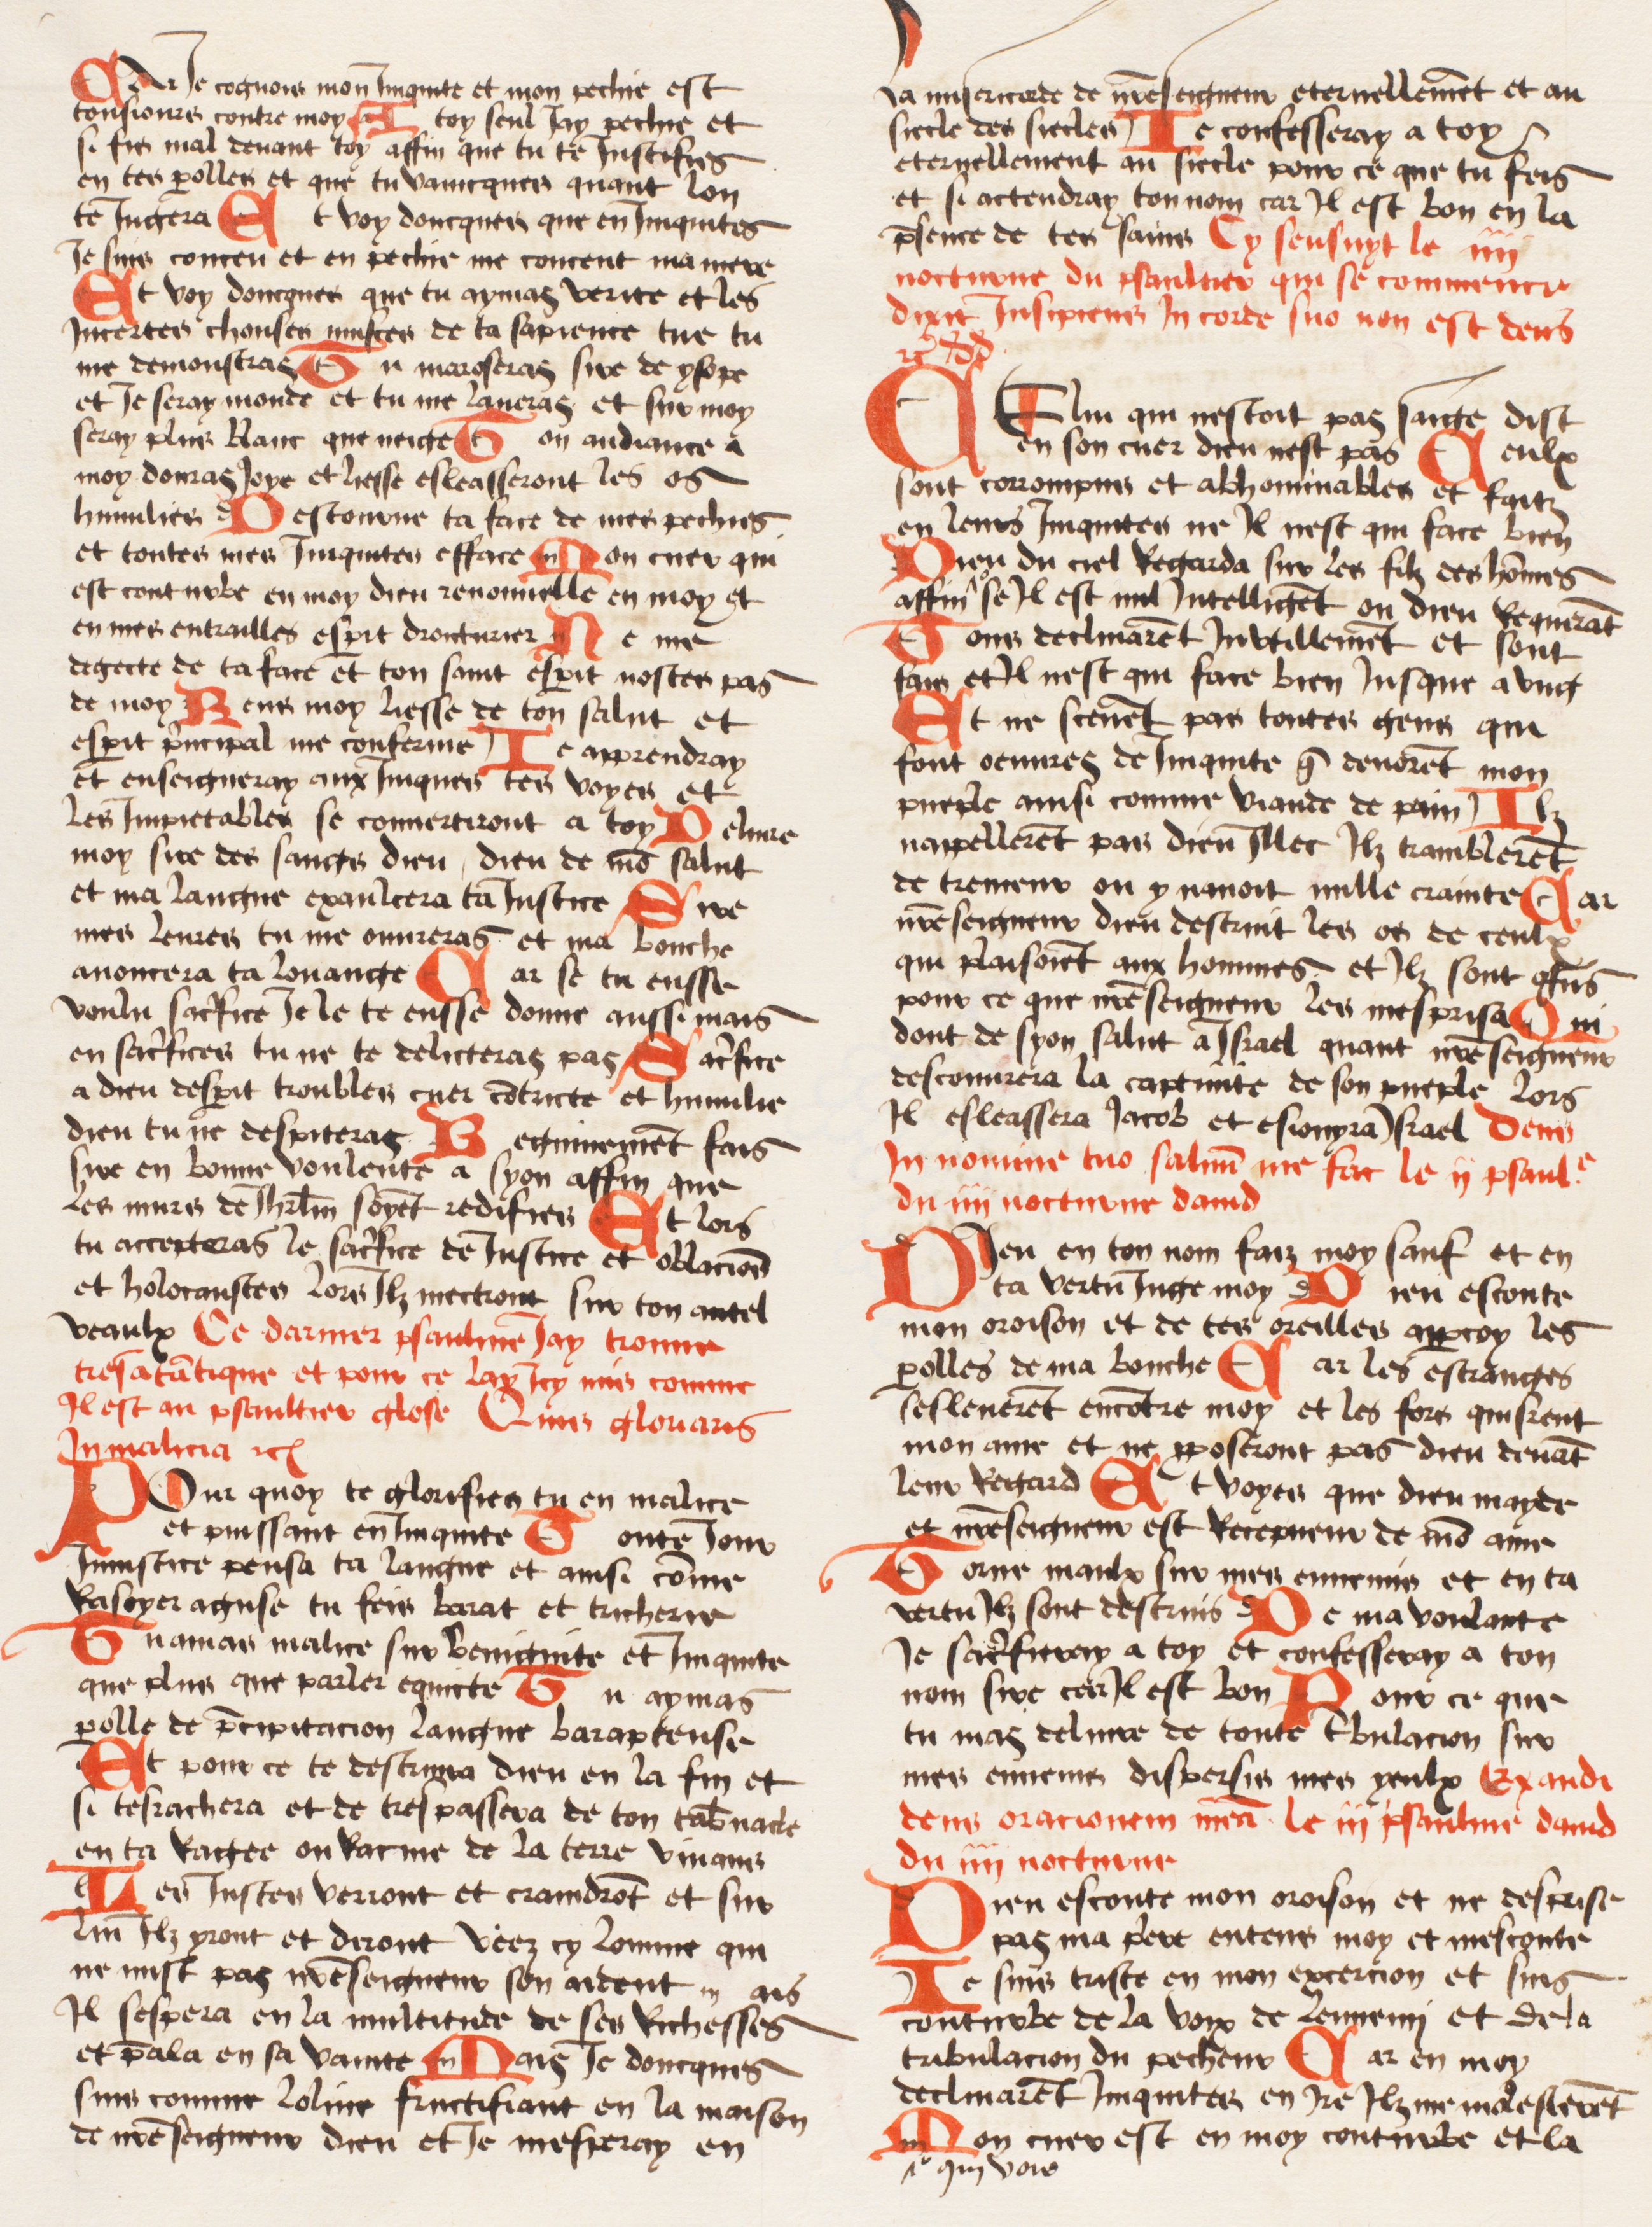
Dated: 1474–1474